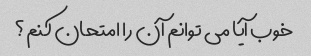
خوب آیا می توانم آن را امتحان کنم؟